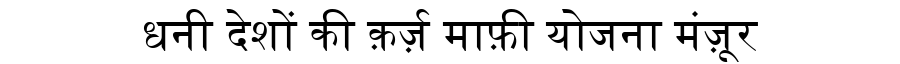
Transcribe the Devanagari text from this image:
धनी देशों की क़र्ज़ माफ़ी योजना मंज़ूर